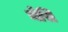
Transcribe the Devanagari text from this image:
चेसि